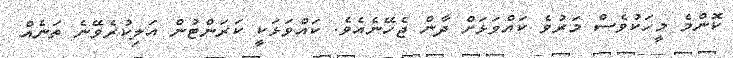
ކޮންމެ މީހަކުވެސް މަރުވެ ކައްވަޅަށް ދާން ޖެހޭނެއެވެ. ކައްވަޅަކީ ކަރަންޓުން އަލިކުރެވޭނެ ތަނެއް